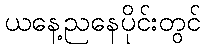
ယနေ့ညနေပိုင်းတွင်